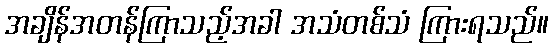
အချိန်အတန်ကြာသည့်အခါ အသံတစ်သံ ကြားရသည်။